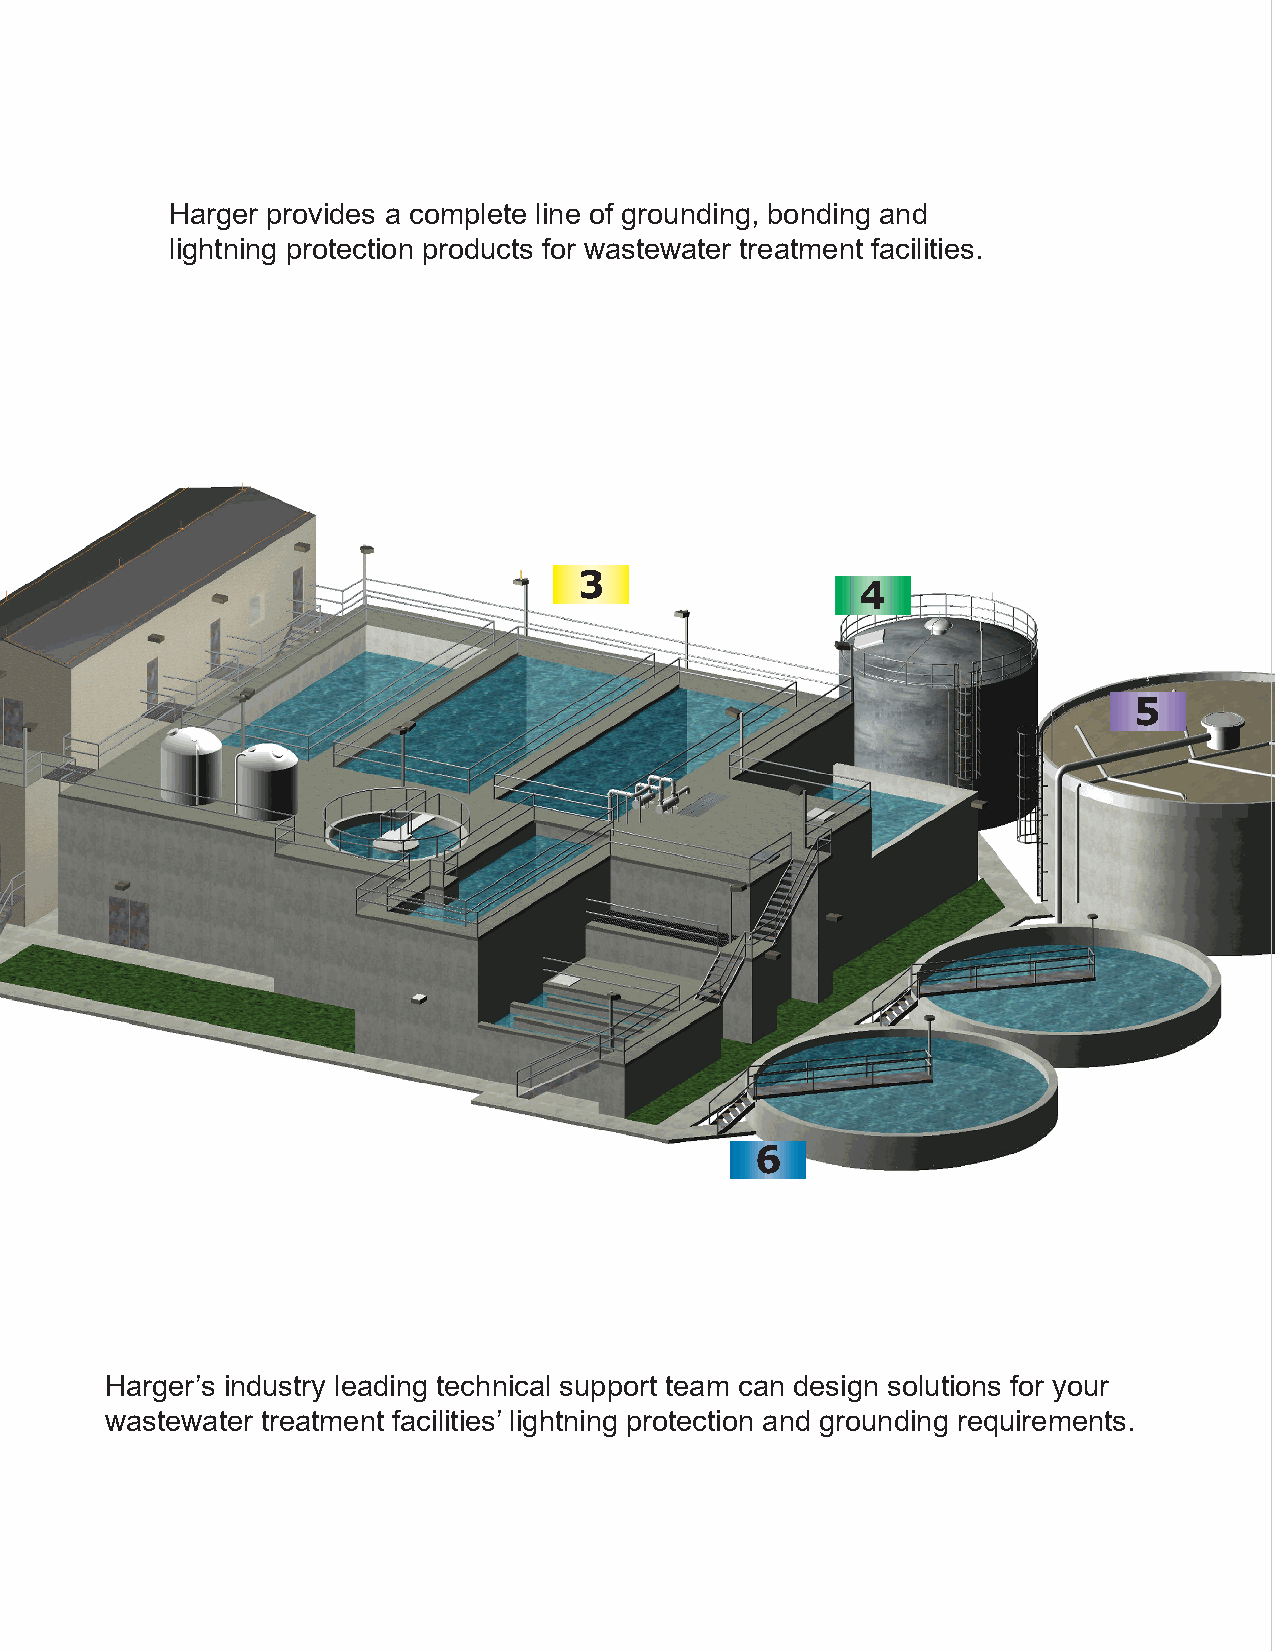
Harger provides a complete line of grounding, bonding and
 lightning protection products for wastewater treatment facilities.
 3
 4
 5
 6
 Harger’s industry leading technical support team can design solutions for your
 wastewater treatment facilities’ lightning protection and grounding requirements.